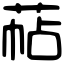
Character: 萜